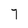
Character: 7